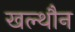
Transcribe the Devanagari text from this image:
खल्थौन